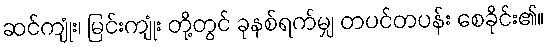
ဆင်ကျုံး၊ မြင်းကျုံး တို့တွင် ခုနစ်ရက်မျှ တပင်တပန်း စေခိုင်း၏။